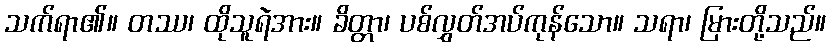
သက်ရာ၏။ တဿ၊ ထိုသူရဲအား။ ခိတ္တာ၊ ပစ်လွှတ်အပ်ကုန်သော။ သရာ၊ မြားတို့သည်။